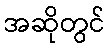
အဆိုတွင်